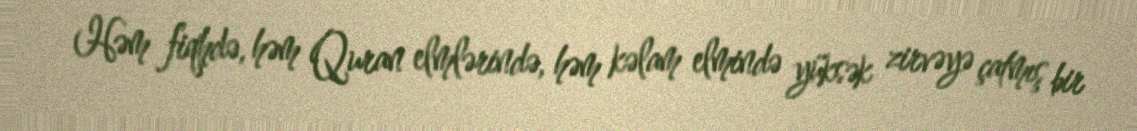
Həm fiqhdə, həm Quran elmlərində, həm kəlam elmində yüksək zirvəyə çatmış bir